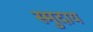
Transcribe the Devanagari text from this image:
स्मुदाय